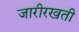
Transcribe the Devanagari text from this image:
जारीरखती